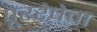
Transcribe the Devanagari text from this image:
पूररेषेचा